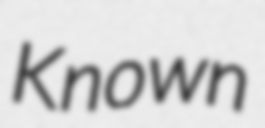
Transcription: Known